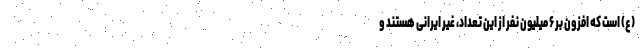
(ع) است که افزون بر ۶ میلیون نفر از این تعداد، غیر ایرانی هستند و